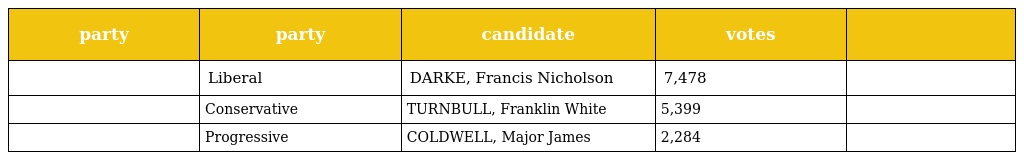
| party | party | candidate | votes |  |
 | --- | --- | --- | --- | --- |
 |  | Liberal | DARKE, Francis Nicholson | 7,478 |  |
 |  | Conservative | TURNBULL, Franklin White | 5,399 |  |
 |  | Progressive | COLDWELL, Major James | 2,284 |  |